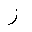
Letter: _zay